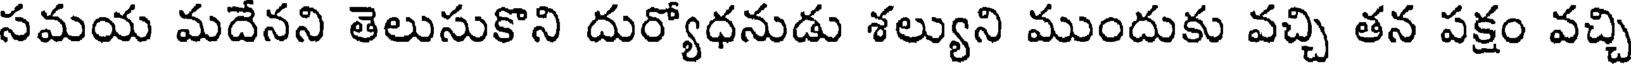
సమయ మదేనని తెలుసుకొని దుర్యోధనుడు శల్యుని ముందుకు వచ్చి తన పక్షం వచ్చి